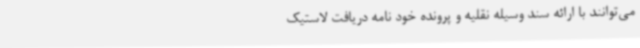
می‌توانند با ارائه سند وسیله نقلیه و پرونده خود نامه دریافت لاستیک